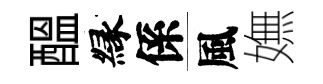
醖縁係風嫵